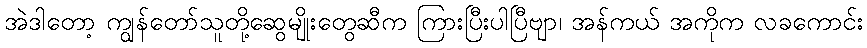
အဲဒါတော့ ကျွန်တော်သူတို့ဆွေမျိုးတွေဆီက ကြားပြီးပါပြီဗျာ၊ အန်ကယ် အကိုက လခကောင်း